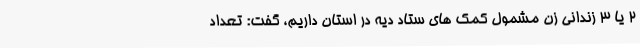
2 یا 3 زندانی زن مشمول کمک های ستاد دیه در استان داریم، گفت: تعداد